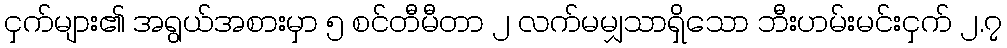
ငှက်များ၏ အရွယ်အစားမှာ ၅ စင်တီမီတာ ၂ လက်မမျှသာရှိသော ဘီးဟမ်းမင်းငှက် ၂.၇